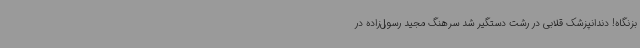
بزنگاه! دندانپزشک قلابی در رشت دستگیر شد سرهنگ مجید رسول‌زاده در